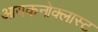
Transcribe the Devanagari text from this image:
आयकनोक्लास्ट